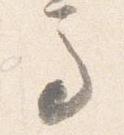
馬